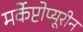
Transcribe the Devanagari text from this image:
मर्केप्टोप्यूरीन